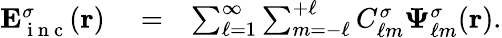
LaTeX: \begin{array}{rlr}{{\mathbf E}_{\mathrm{~i~n~c~}}^{\sigma}({\mathbf r})}&{{}=}&{\sum_{\ell=1}^{\infty}\sum_{m=-\ell}^{+\ell}C_{\ell m}^{\sigma}\boldsymbol{\Psi}_{\ell m}^{\sigma}({\mathbf r}).}\end{array}